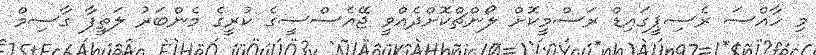
މި ހާއްސަ ރެސިޕީގައިޑް ރަސްމީކޮށް ލޯންޗްކޮށްދެއްވީ ޖޭއެސްސީގެ ކުރީގެ މެންބަރު ލަތީފާ ގާސިމް